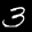
Label: 3